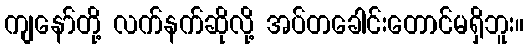
ကျနော်တို့ လက်နက်ဆိုလို့ အပ်တခေါင်းတောင်မရှိဘူး။